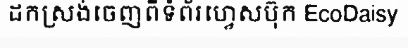
ដកស្រង់ចេញពីទំព័រហ្វេសប៊ុក EcoDaisy